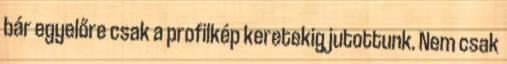
bár egyelőre csak a profilkép keretekig jutottunk. Nem csak